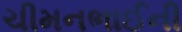
ચીમનભાઈની